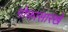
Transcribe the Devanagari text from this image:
गोफासारखे